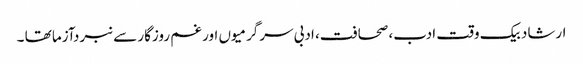
ارشاد بیک وقت ادب، صحافت، ادبی سرگرمیوں اور غم روزگار سے نبردآزما تھا ۔